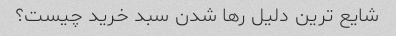
شایع ترین دلیل رها شدن سبد خرید چیست؟